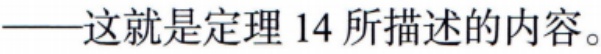
——这就是定理 14 所描述的内容。